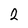
Character: 2